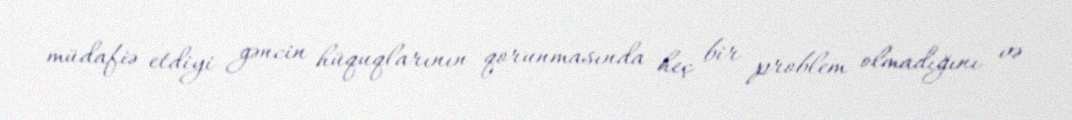
müdafiə etdiyi gəncin hüquqlarının qorunmasında heç bir problem olmadığını və